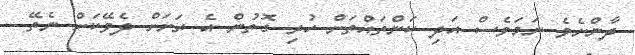
ދާންށެވެ ނަމަވެސް އަދި ކަންތައްތަށް ހުރި ގޮތުން އެ ރަށަށް ދެވޭކަށް ނެތޭ..